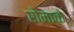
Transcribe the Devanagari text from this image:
रोमाके